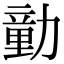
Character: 勭